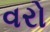
વરો